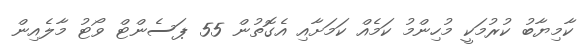
ކާމިޔާބު ކުރުމަކީ މުހިންމު ކަމެއް ކަމަށާއި އެގޮތުން 55 ޕަސެންޓް ވޯޓު މާލެއިން